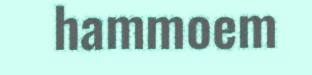
hammoem